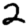
Digit: 2